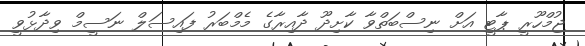
ޖުމްހޫރީ ޕާޓީ އަށް ނިސްބަތްވާ ކާށިދޫ ދާއިރާގެ މެމްބަރު ފައިސަލް ނަސީމް ވިދާޅުވީ